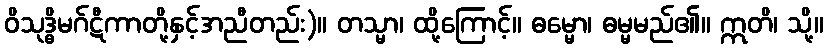
ဝိသုဒ္ဓိမဂ်ဋီကာတို့နှင့်အညီတည်း)။ တသ္မာ၊ ထို့ကြောင့်။ ဓမ္မော၊ ဓမ္မမည်၏။ ဣတိ၊ သို့။